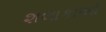
શલાકાઓ